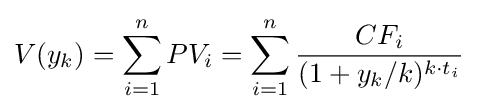
V(y_{k})=\sum _{i=1}^{n}PV_{i}=\sum _{i=1}^{n}{\frac {CF_{i}}{(1+y_{k}/k)^{k\cdot t_{i}}}}